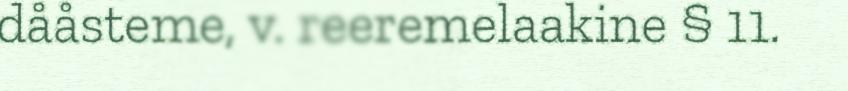
dååsteme, v. reeremelaakine § 11.